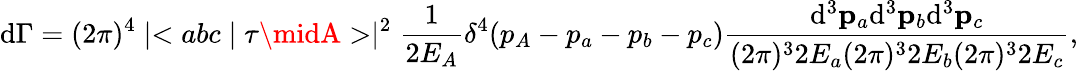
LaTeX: \mathrm{d}\Gamma=(2\pi)^{4}\mid<abc\mid\tau\midA>\mid^{2}\frac{{1}}{{2E_{A}}}\delta^{4}(p_{A}-p_{a}-p_{b}-p_{c})\frac{{\mathrm{d}^{3}{\mathbf{p}}_{a}\mathrm{d}^{3}{\mathbf{p}}_{b}\mathrm{d}^{3}{\mathbf{p}}_{c}}}{{(2\pi)^{3}2E_{a}(2\pi)^{3}2E_{b}(2\pi)^{3}2E_{c}}},